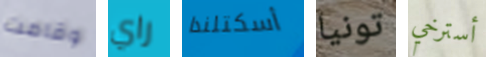
وقامت راي أسكتلندا تونيا أسترخي